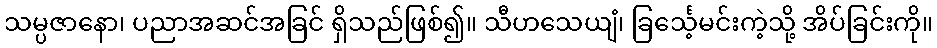
သမ္ပဇာနော၊ ပညာအဆင်အခြင် ရှိသည်ဖြစ်၍။ သီဟသေယျံ၊ ခြင်္သေ့မင်းကဲ့သို့ အိပ်ခြင်းကို။